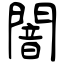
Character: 闇